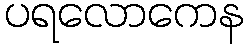
ပရလောကေန